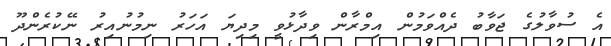
އެ ސުވާލުގެ ޖަވާބު ދެއްވަމުން އިމްރާން ވިދާޅުވީ މިދިޔަ އަހަރު ނިމުނުއިރު ނޭކުރެންދޫ